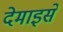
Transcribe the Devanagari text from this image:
देमाइसें